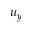
u _ { y }